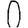
Digit: 0